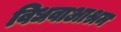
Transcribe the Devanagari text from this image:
विधवाआश्रम